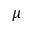
\mu